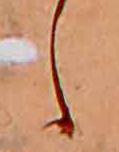
し